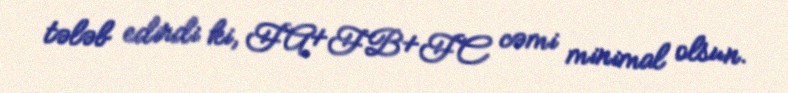
tələb edirdi ki, FA+FB+FC cəmi minimal olsun.